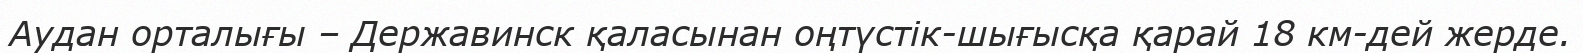
Аудан орталығы – Державинск қаласынан оңтүстік-шығысқа қарай 18 км-дей жерде.